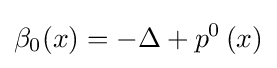
\beta _{0}(x)=-\Delta +p^{0}\left(x\right)